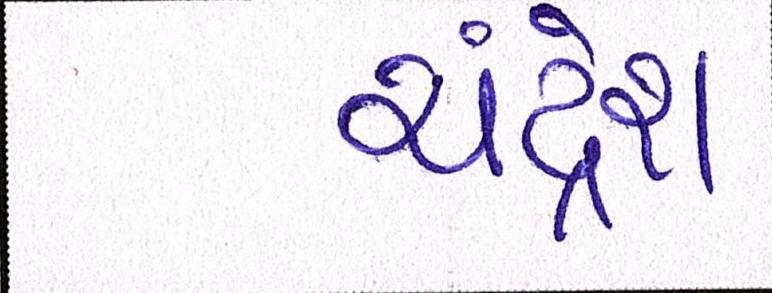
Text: ચંદ્રેશ